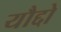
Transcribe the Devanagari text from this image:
यौद्दो